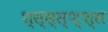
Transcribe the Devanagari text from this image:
श्स्स्स्श्श्स